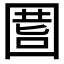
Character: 𡇾